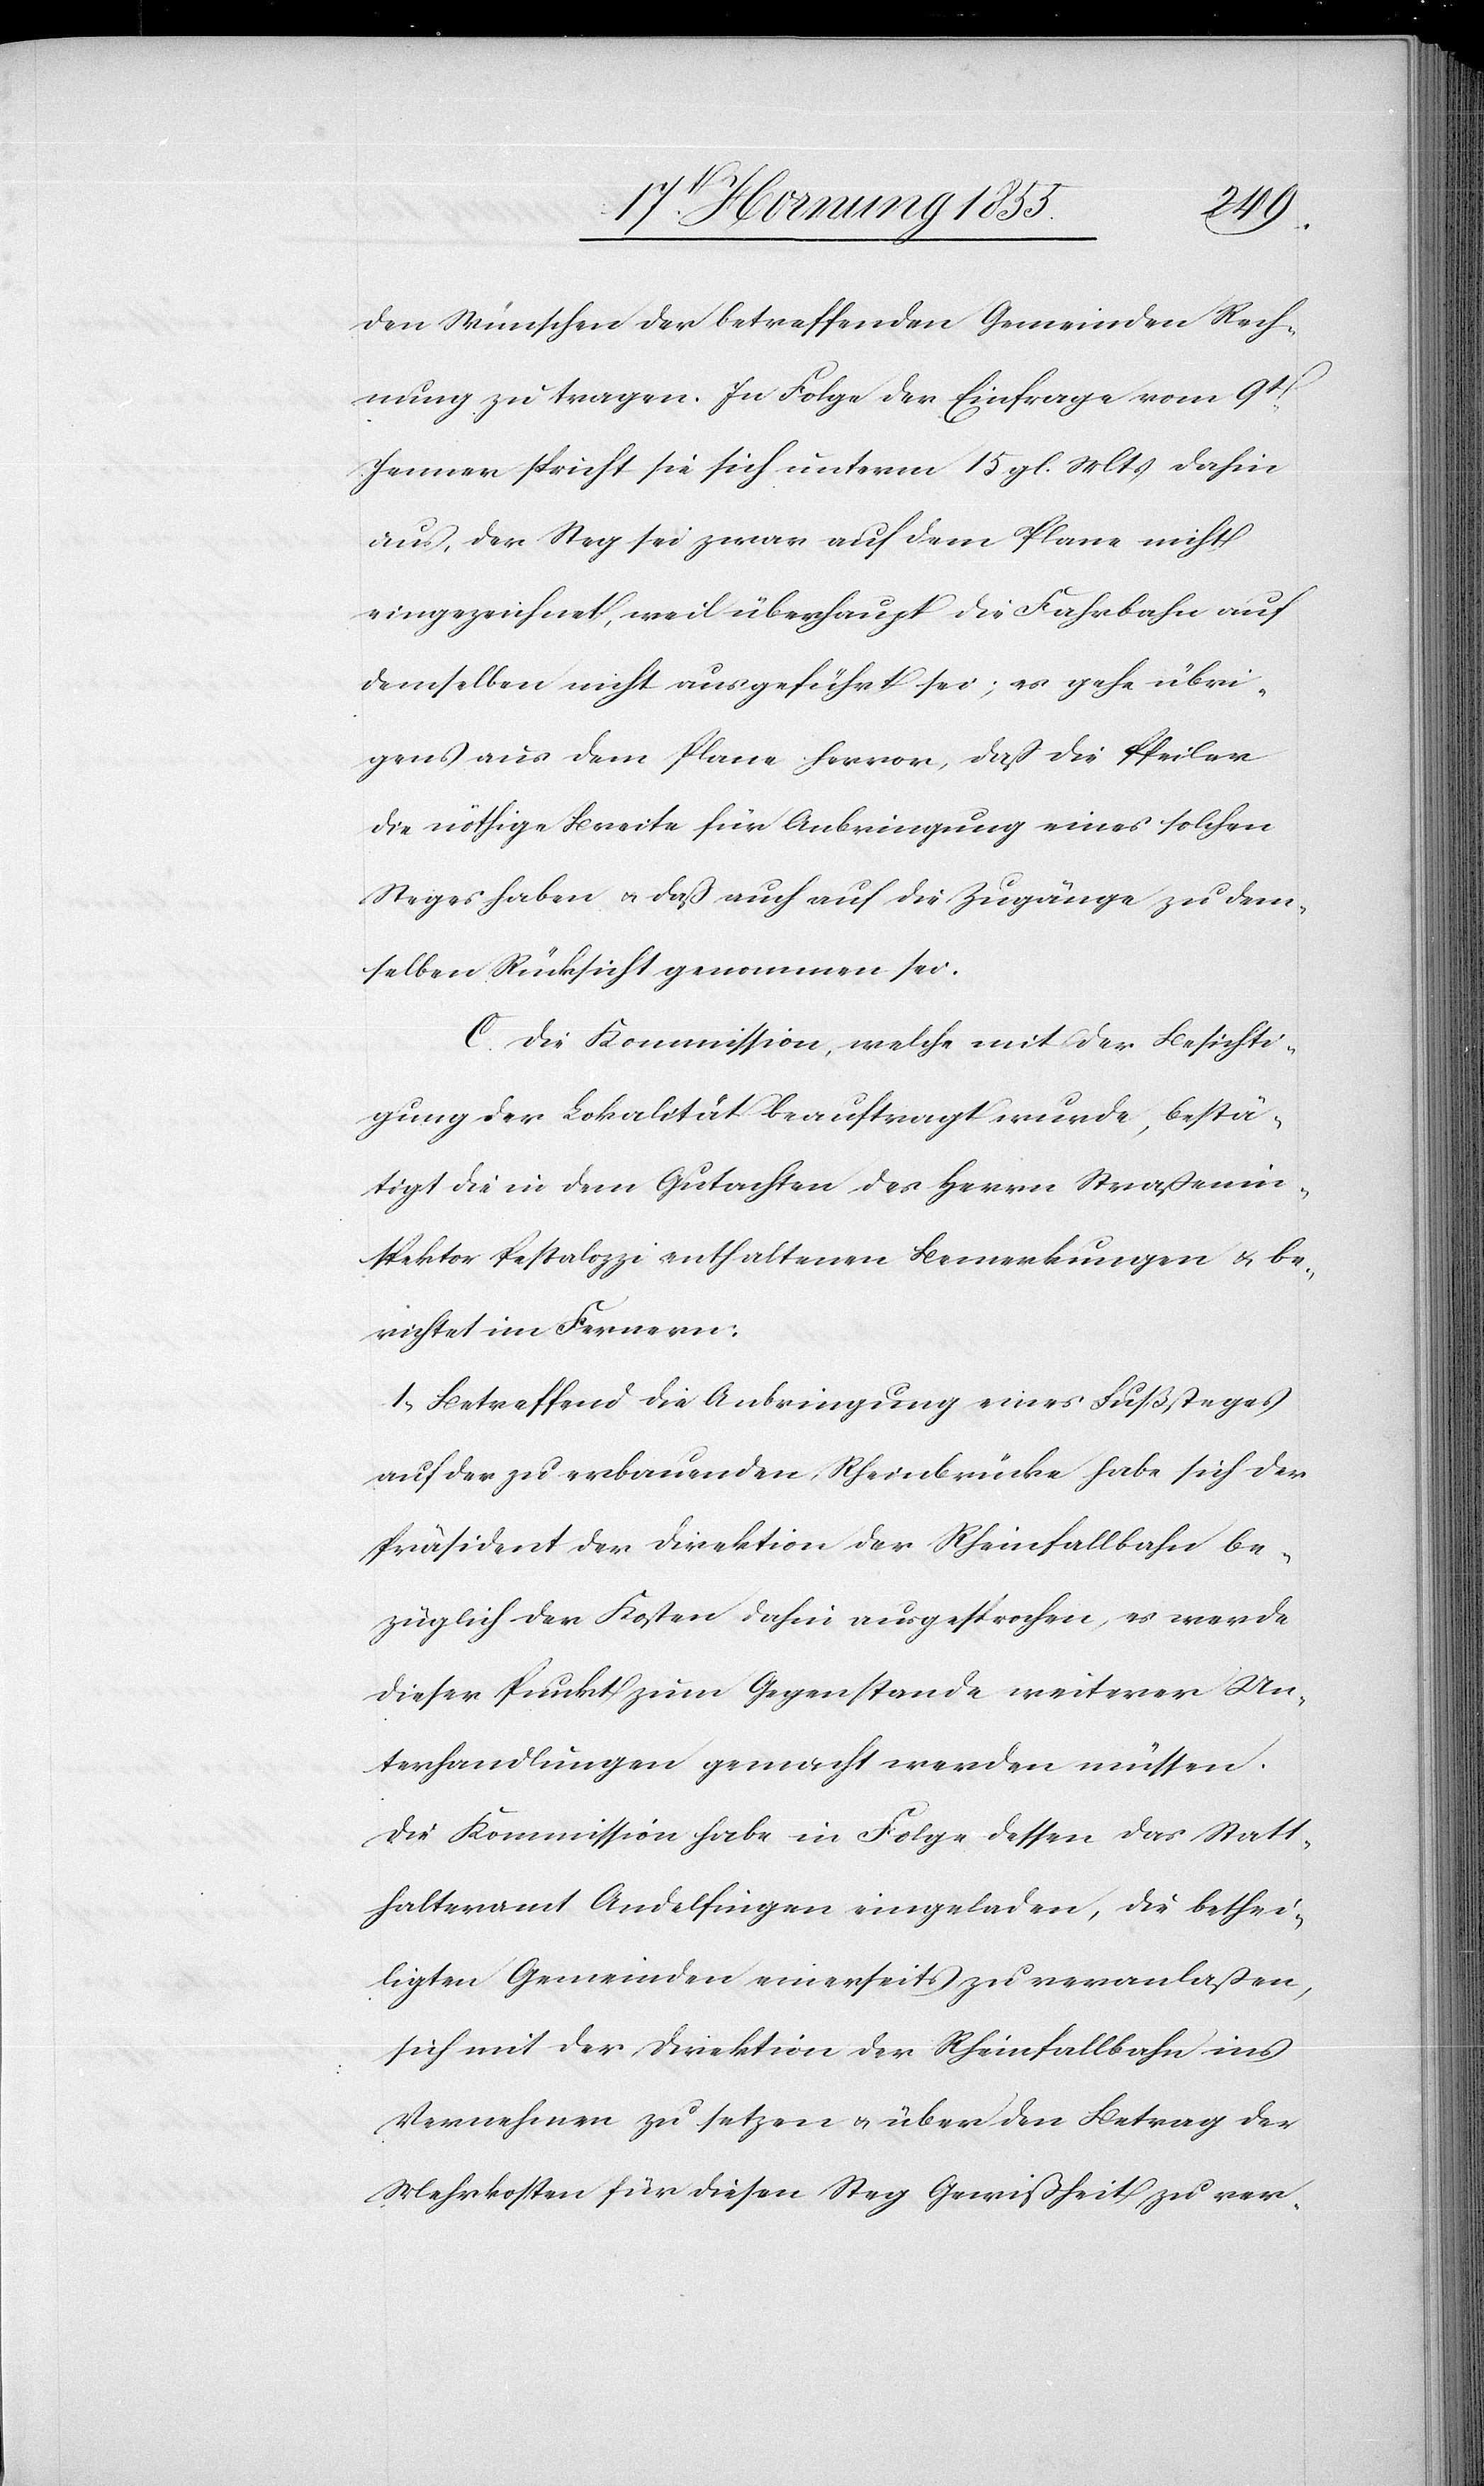
den Wünschen der betreffenden Gemeinden Rech¬
nung zu tragen. In Folge der Einfrage vom 9t[en]
Jenner spricht sie sich unterm 15. gl. Mts dahin
aus, der Steg sei zwar auf dem Plane nicht
eingezeichnet, weil überhaupt die Fahrbahn auf
demselben nicht ausgeführt sei; es gehe übri¬
gens aus dem Plane hervor, dass die Pfeiler
die nöthige Breite für Anbringung eines solchen
Steges haben & daß auch auf die Zugänge zu dem¬
selben Rücksicht genommen sei.
C. Die Kommission, welche mit der Besichti¬
gung der Lokalität beauftragt wurde, bestä¬
tigt die in dem Gutachten des Herrn Straßenin¬
spektor Pestalozzi enthaltenen Bemerkungen & be¬
richtet im Fernern:
1, Betreffend die Anbringung eines Fußsteges
auf der zu erbauenden Rheinbrücke habe sich der
Präsident der Direktion der Rheinfallbahn be¬
züglich der Kosten dahin ausgesprochen, es werde
dieser Punkt zum Gegenstande weiterer Un¬
terhandlungen gemacht werden müssen.
Die Kommission habe in Folge dessen das Statt¬
halteramt Andelfingen eingeladen, die bethei¬
ligten Gemeinden einerseits zu veranlaßen,
sich mit der Direktion der Rheinfallbahn ins
Vernehmen zu setzen & über den Betrag der
Mehrkosten für diesen Steg Gewißheit zu ver-